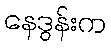
နေဒွန်းက